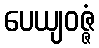
ပေယျဝဇ္ဇံ